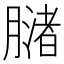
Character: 𬛒